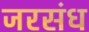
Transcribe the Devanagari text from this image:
जरसंध